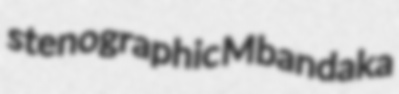
stenographic Mbandaka